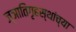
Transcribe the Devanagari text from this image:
ज्ञातिगृहस्थांच्या